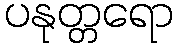
ပနုတ္တရော